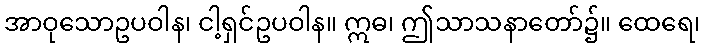
အာဝုသောဥပဝါန၊ ငါ့ရှင်ဥပဝါန။ ဣဓ၊ ဤသာသနာတော်၌။ ထေရေ၊